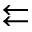
\leftleftarrows